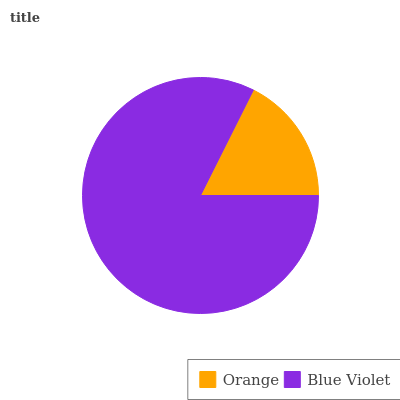
| Orange | Blue Violet |
 | --- | --- |
 | 17.6% | 82.4% |